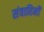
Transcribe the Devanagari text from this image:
संवाहिनी